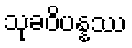
သုခဝိပန္နဿ